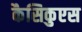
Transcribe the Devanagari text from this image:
कैसिकुएस